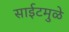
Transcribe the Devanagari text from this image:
साईटमुळे